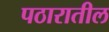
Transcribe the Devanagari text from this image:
पठारातील